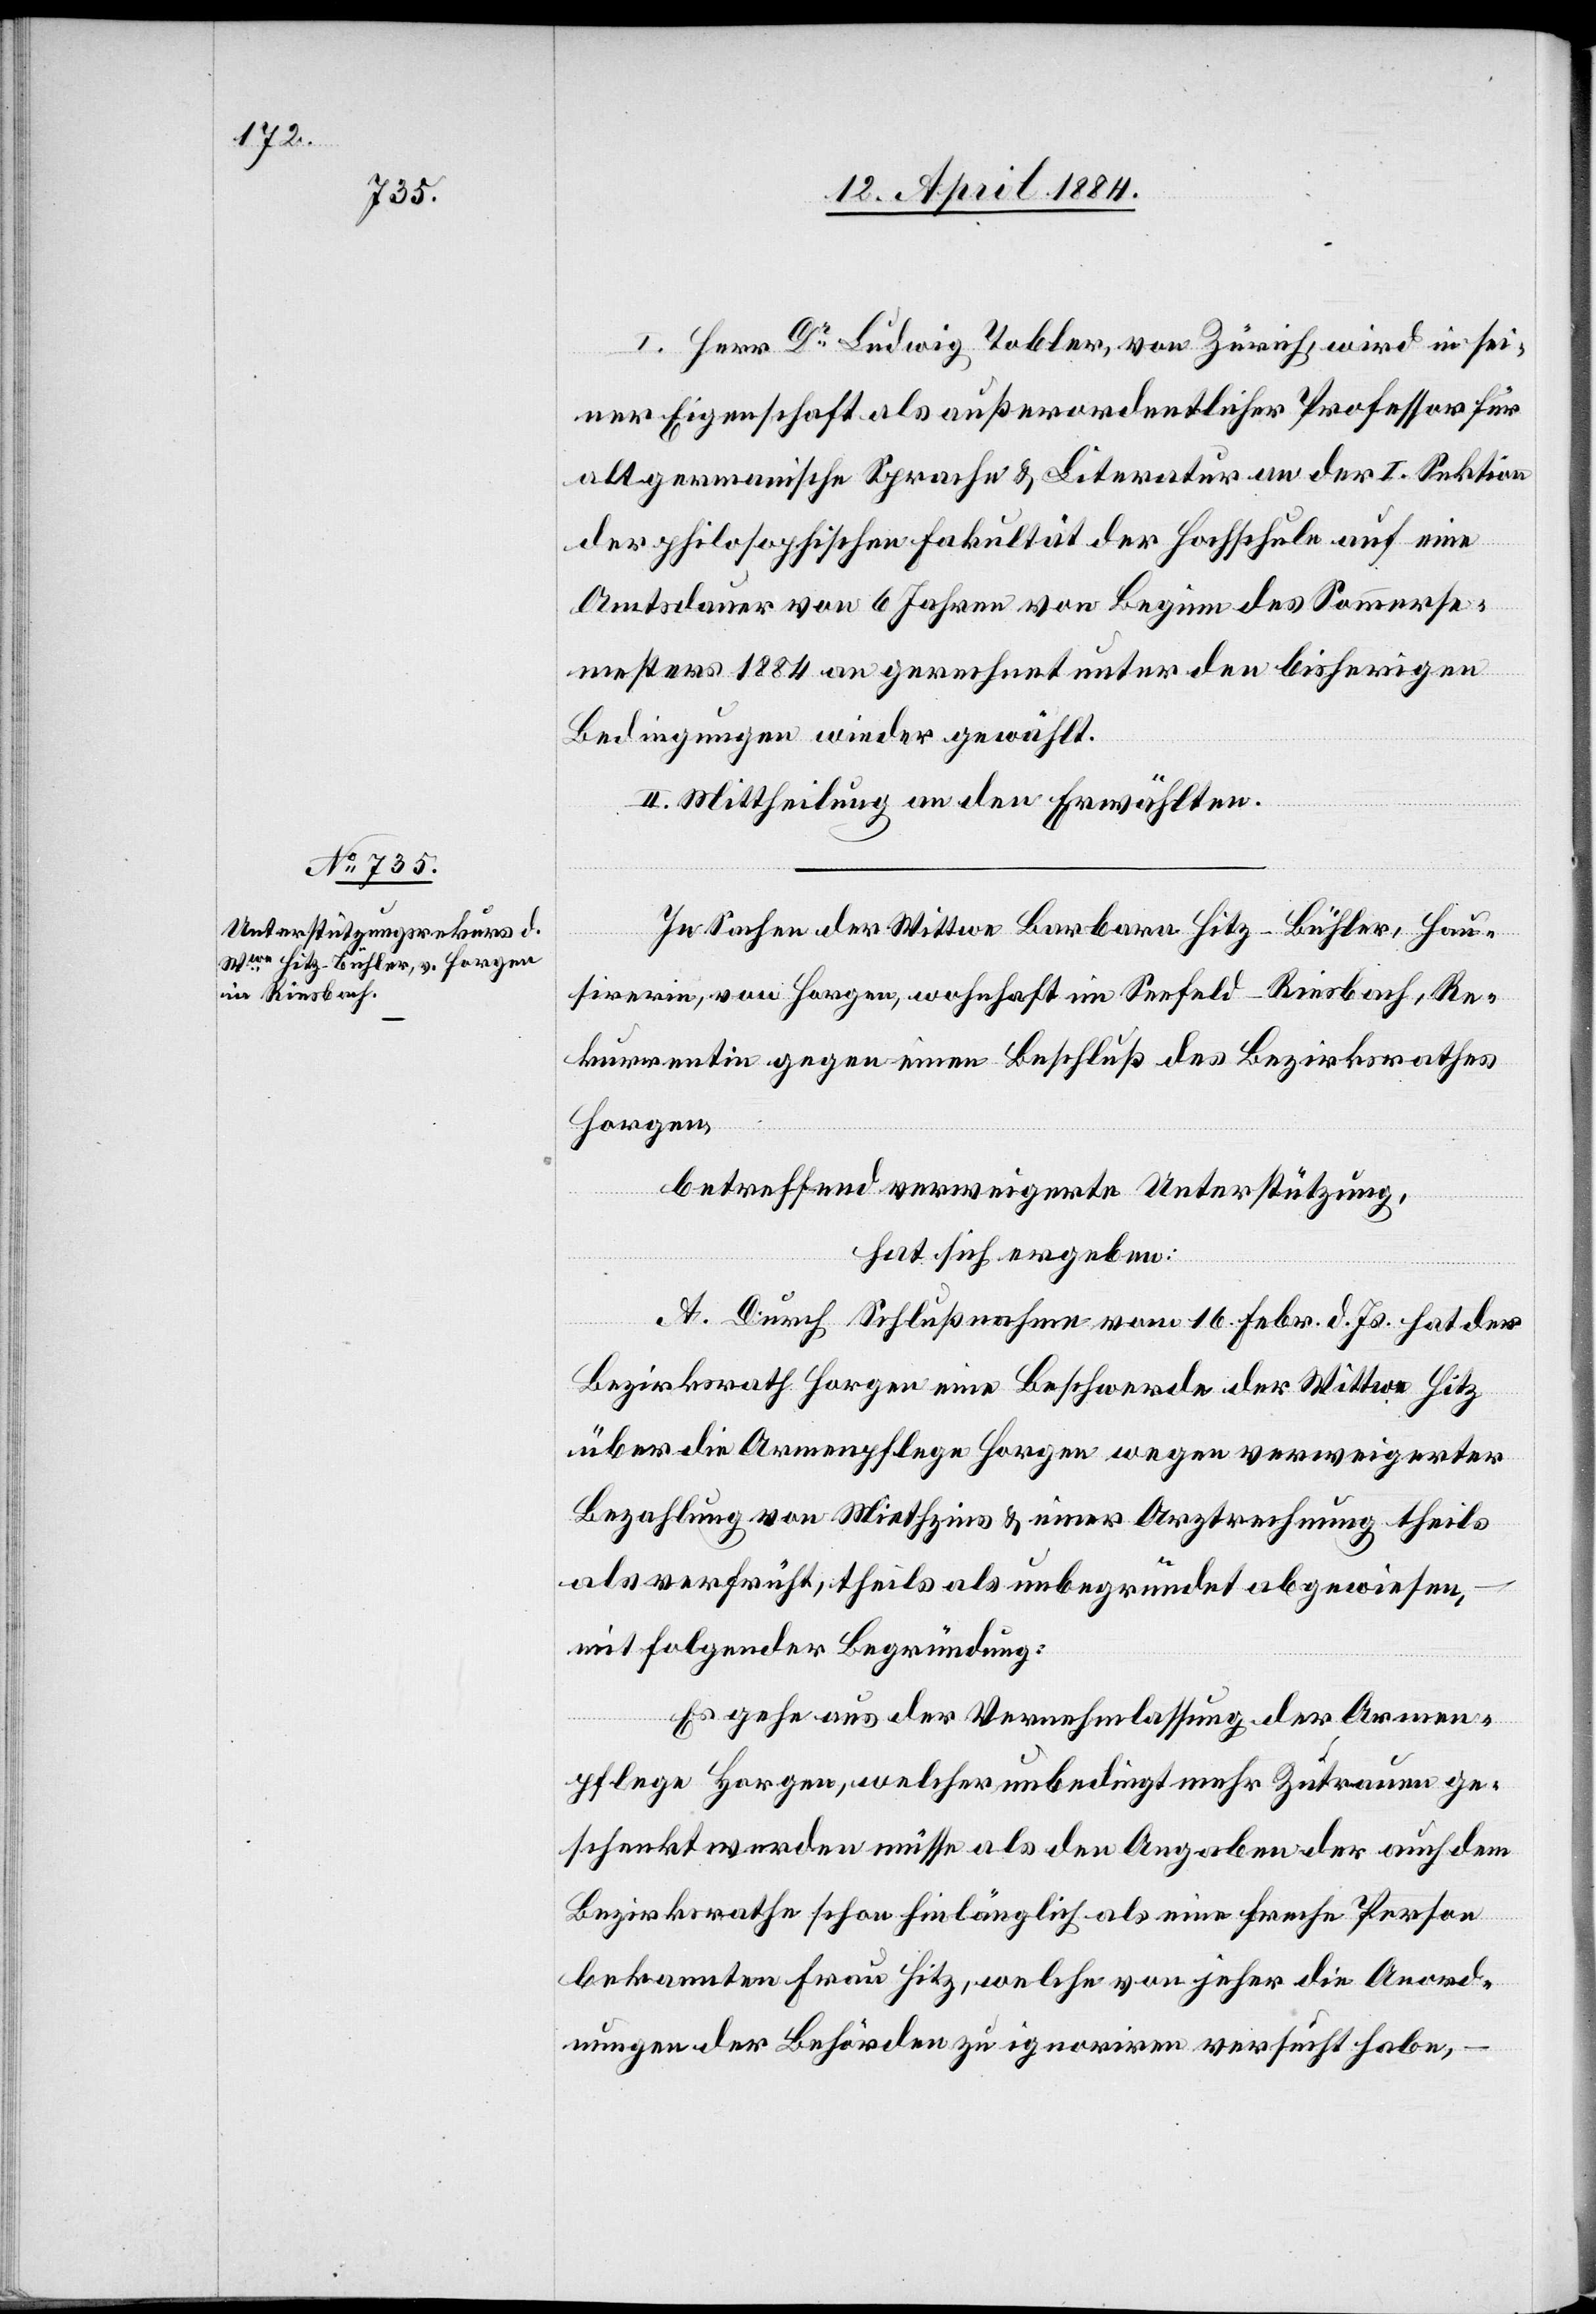
I. Herr Dr Ludwig Tobler, von Zürich, wird in sei¬
ner Eigenschaft als außerordentlicher Professor für
altgermanische Sprache & Literatur an der I. Sektion
der philosophischen Fakultät der Hochschule auf eine
Amtsdauer von 6 Jahren von Beginn des Sommerse¬
mesters 1884 an gerechnet unter den bisherigen
Bedingungen wieder gewählt.
II. Mittheilung an den Erwählten.
In Sachen der Barbara Hitz-Bühler, Hau¬
sirerin, von Horgen, wohnhaft im Seefeld - Riesbach, Re¬
kurrentin gegen einen Beschluß des Bezirksrathes
Horgen,
betreffend verweigerte Unterstützung,
hat sich ergeben:
A. Durch Schlußnahme von 16. Febr. d. Js. hat der
Bezirksrath Horgen eine Beschwerde der Wittwe Hitz
über die Armenpflege Horgen wegen verweigerter
Bezahlung von Miethzins & einer Arztrechnung theils
als verfrüht, theils als unbegründet abgewiesen,
mit folgender Begründung:
Es gehe aus der Vernehmlassung der Armen¬
pflege Horgen, welcher unbedingt mehr Zutrauen ge¬
schenkt werden müsse als den Angaben der auch dem
Bezirksrathe schon hinlänglich als eine freche Person
bekannten Frau Hitz, welche von jeher die Anord¬
nungen der Behörden zu ignoriren versucht habe,
–